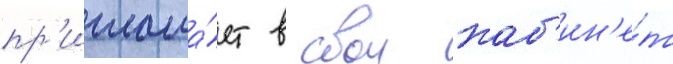
пр'иглаша́ет в свои каб'ин'е́т